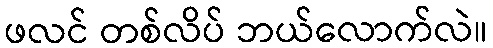
ဖလင် တစ်လိပ် ဘယ်လောက်လဲ။